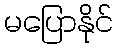
မပြောနိုင်